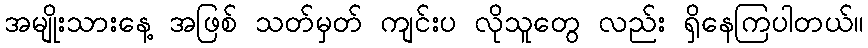
အမျိုးသားနေ့ အဖြစ် သတ်မှတ် ကျင်းပ လိုသူတွေ လည်း ရှိနေကြပါတယ်။